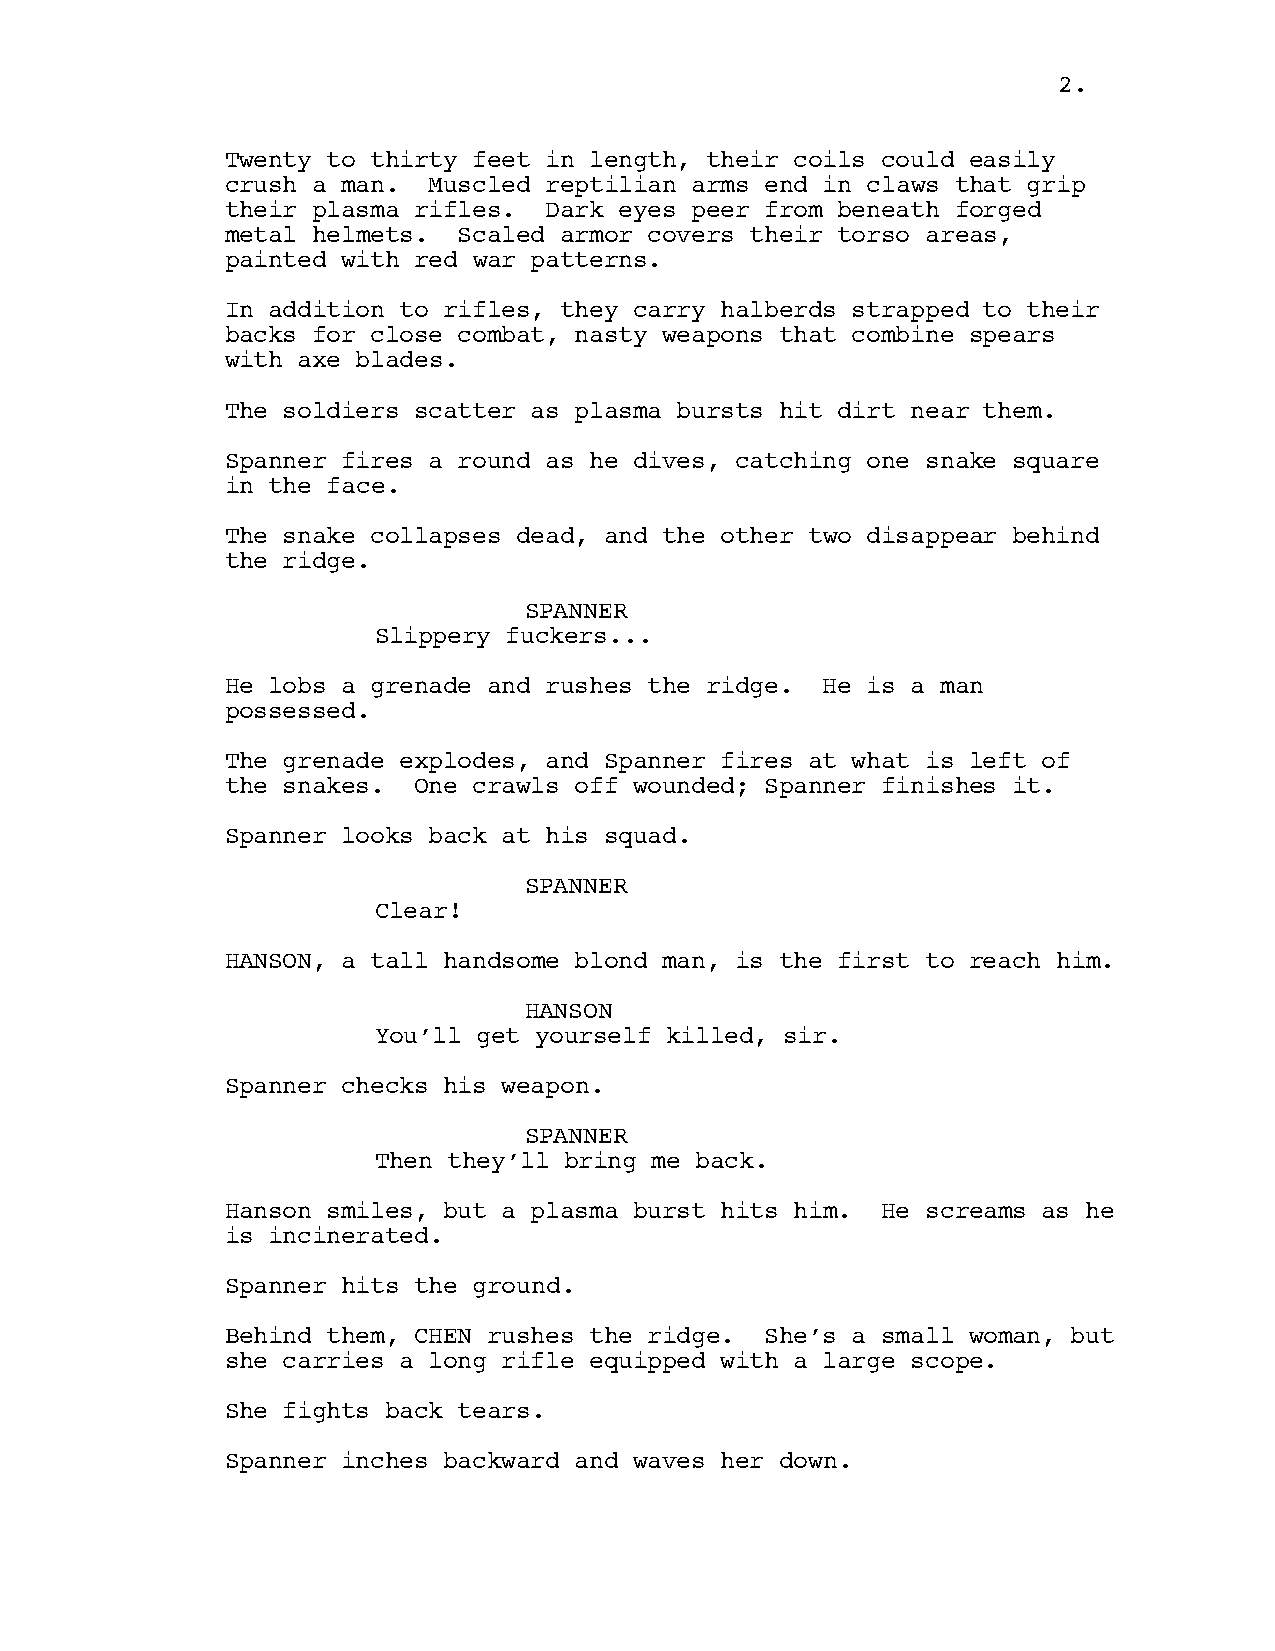
2.
 Twenty to thirty feet in length, their coils could easily
 crush a man. Muscled reptilian arms end in claws that grip
 their plasma rifles. Dark eyes peer from beneath forged
 metal helmets. Scaled armor covers their torso areas,
 painted with red war patterns.
 In addition to rifles, they carry halberds strapped to their
 backs for close combat, nasty weapons that combine spears
 with axe blades.
 The soldiers scatter as plasma bursts hit dirt near them.
 Spanner fires a round as he dives, catching one snake square
 in the face.
 The snake collapses dead, and the other two disappear behind
 the ridge.
 SPANNER
 Slippery fuckers...
 He lobs a grenade and rushes the ridge. He is a man
 possessed.
 The grenade explodes, and Spanner fires at what is left of
 the snakes. One crawls off wounded; Spanner finishes it.
 Spanner looks back at his squad.
 SPANNER
 Clear!
 HANSON, a tall handsome blond man, is the first to reach him.
 HANSON
 You’ll get yourself killed, sir.
 Spanner checks his weapon.
 SPANNER
 Then they’ll bring me back.
 Hanson smiles, but a plasma burst hits him. He screams as he
 is incinerated.
 Spanner hits the ground.
 Behind them, CHEN rushes the ridge. She’s a small woman, but
 she carries a long rifle equipped with a large scope.
 She fights back tears.
 Spanner inches backward and waves her down.